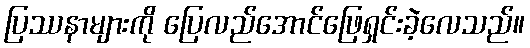
ပြဿနာများကို ပြေလည်အောင်ဖြေရှင်းခဲ့လေသည်။